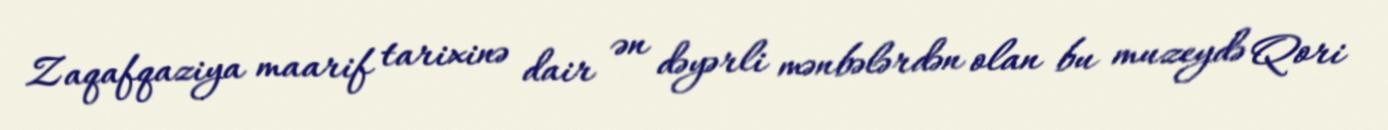
Zaqafqaziya maarif tarixinə dair ən dəyərli mənbələrdən olan bu muzeydə Qori